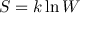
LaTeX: S = k \ln { W }